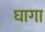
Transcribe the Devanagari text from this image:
घागा